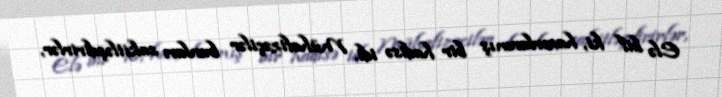
Elə bil ki, hazırlanmış bir hadisə idi. Mühafizəçilər bunları sakitləşdirirlər,